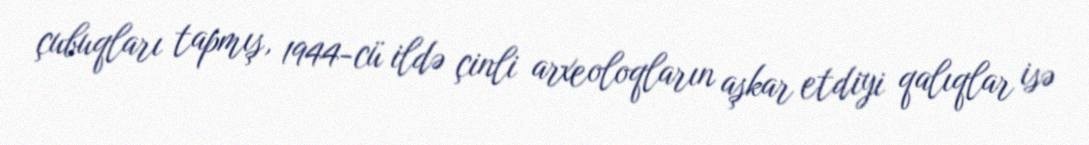
çubuqları tapmış, 1944-cü ildə çinli arxeoloqların aşkar etdiyi qalıqlar isə